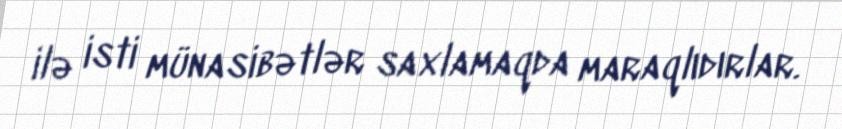
ilə isti münasibətlər saxlamaqda maraqlıdırlar.